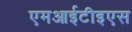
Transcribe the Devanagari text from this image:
एमआईटीइएस